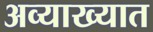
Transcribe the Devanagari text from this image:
अव्याख्यात